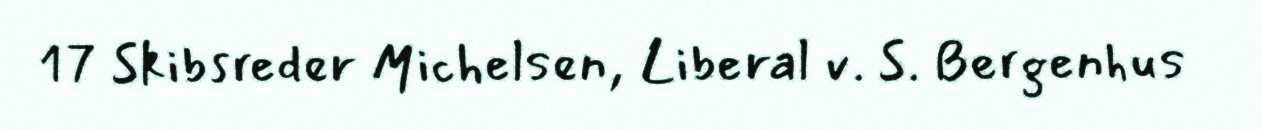
17 Skibsreder Michelsen, Liberal v. S. Bergenhus